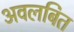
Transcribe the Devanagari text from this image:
अवलबित